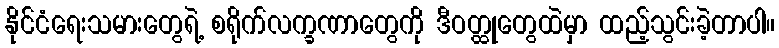
နိုင်ငံရေးသမားတွေရဲ့ စရိုက်လက္ခဏာတွေကို ဒီဝတ္ထုတွေထဲမှာ ထည့်သွင်းခဲ့တာပါ။